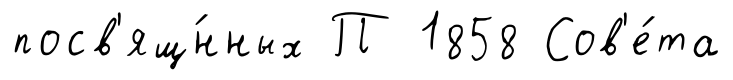
посв'ящ́нных П 1858 Сов'е́та